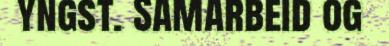
yngst. Samarbeid og